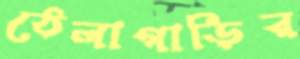
ঠেলাগাড়ির